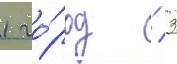
1 го́род / 3